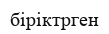
біріктрген